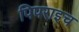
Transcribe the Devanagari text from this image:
पिपराइच